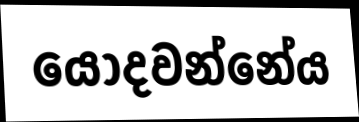
යොදවන්නේය